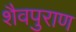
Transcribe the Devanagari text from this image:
शैवपुराण